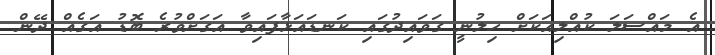
އެ މައްސަލަ ކުއްލިއަކަށް ހިލުނީ ގަވައިދުގައި ކަނޑައަޅާފައިވާ އަގަށްވުރެ ބޮޑު އަގެއް ދޭން